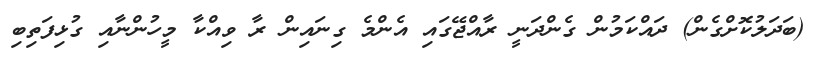
(ބަދަލުކޮށްގެން) ދައްކަމުން ގެންދަނީ ރާއްޖޭގައި އެންމެ ގިނައިން ރާ ވިއްކާ މީހުންނާއި ގުޅިފަތިބި